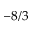
- 8 / 3